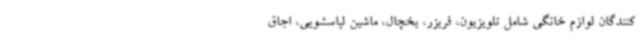
کنندگان لوازم خانگی شامل تلویزیون، فریزر، یخچال، ماشین لباسشویی، اجاق